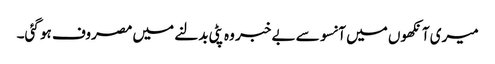
میری آنکھوں میں آنسو سے بے خبر وہ پٹی بدلنے میں مصروف ہو گئی۔